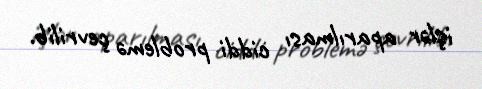
işlər aparılması ciddi problemə çevrilib.